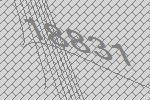
18831